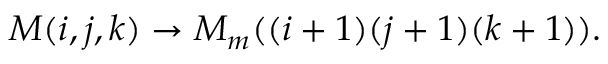
M ( i , j , k ) \to M _ { m } ( ( i + 1 ) ( j + 1 ) ( k + 1 ) ) .